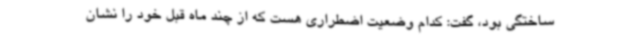
ساختگی بود، گفت: کدام وضعیت اضطراری هست که از چند ماه قبل خود را نشان